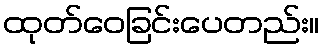
ထုတ်ဝေခြင်းပေတည်း။